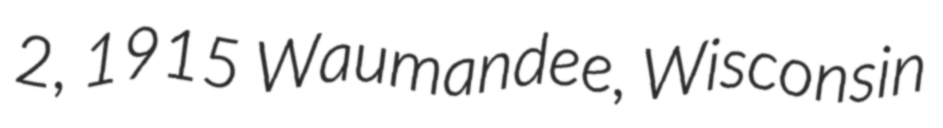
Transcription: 2, 1915 Waumandee, Wisconsin